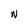
Character: N